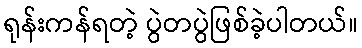
ရုန်းကန်ရတဲ့ ပွဲတပွဲဖြစ်ခဲ့ပါတယ်။